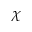
\chi